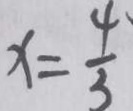
x = \frac { 4 } { 3 }